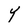
Character: Y